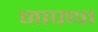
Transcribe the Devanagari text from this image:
नाफ्था